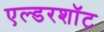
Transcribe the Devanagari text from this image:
एल्डरशॉट